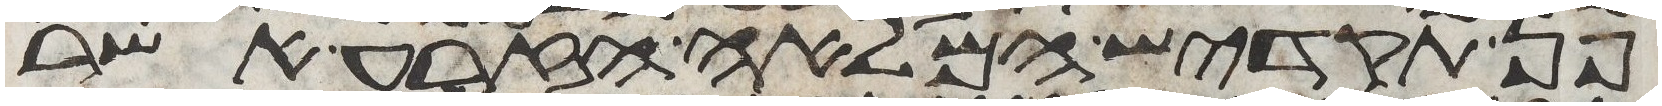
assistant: פן תקדיש המלאה הזרע אשר